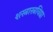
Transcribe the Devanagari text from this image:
शस्त्रास्त्रविद्या